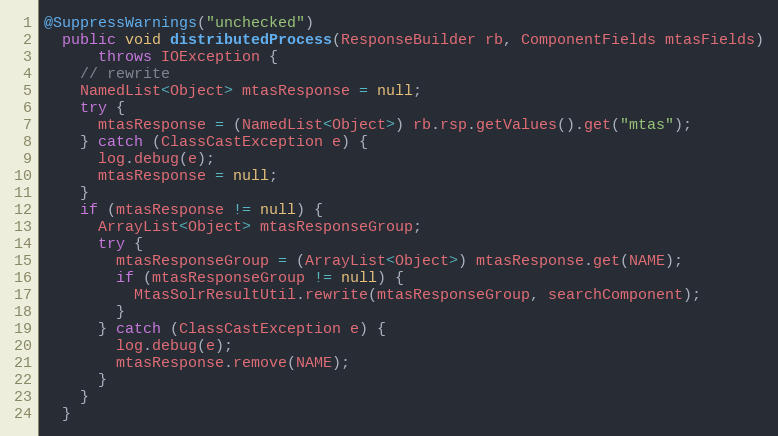
Language: Java
@SuppressWarnings("unchecked")
  public void distributedProcess(ResponseBuilder rb, ComponentFields mtasFields)
      throws IOException {
    // rewrite
    NamedList<Object> mtasResponse = null;
    try {
      mtasResponse = (NamedList<Object>) rb.rsp.getValues().get("mtas");
    } catch (ClassCastException e) {
      log.debug(e);
      mtasResponse = null;
    }
    if (mtasResponse != null) {
      ArrayList<Object> mtasResponseGroup;
      try {
        mtasResponseGroup = (ArrayList<Object>) mtasResponse.get(NAME);
        if (mtasResponseGroup != null) {
          MtasSolrResultUtil.rewrite(mtasResponseGroup, searchComponent);
        }
      } catch (ClassCastException e) {
        log.debug(e);
        mtasResponse.remove(NAME);
      }
    }
  }